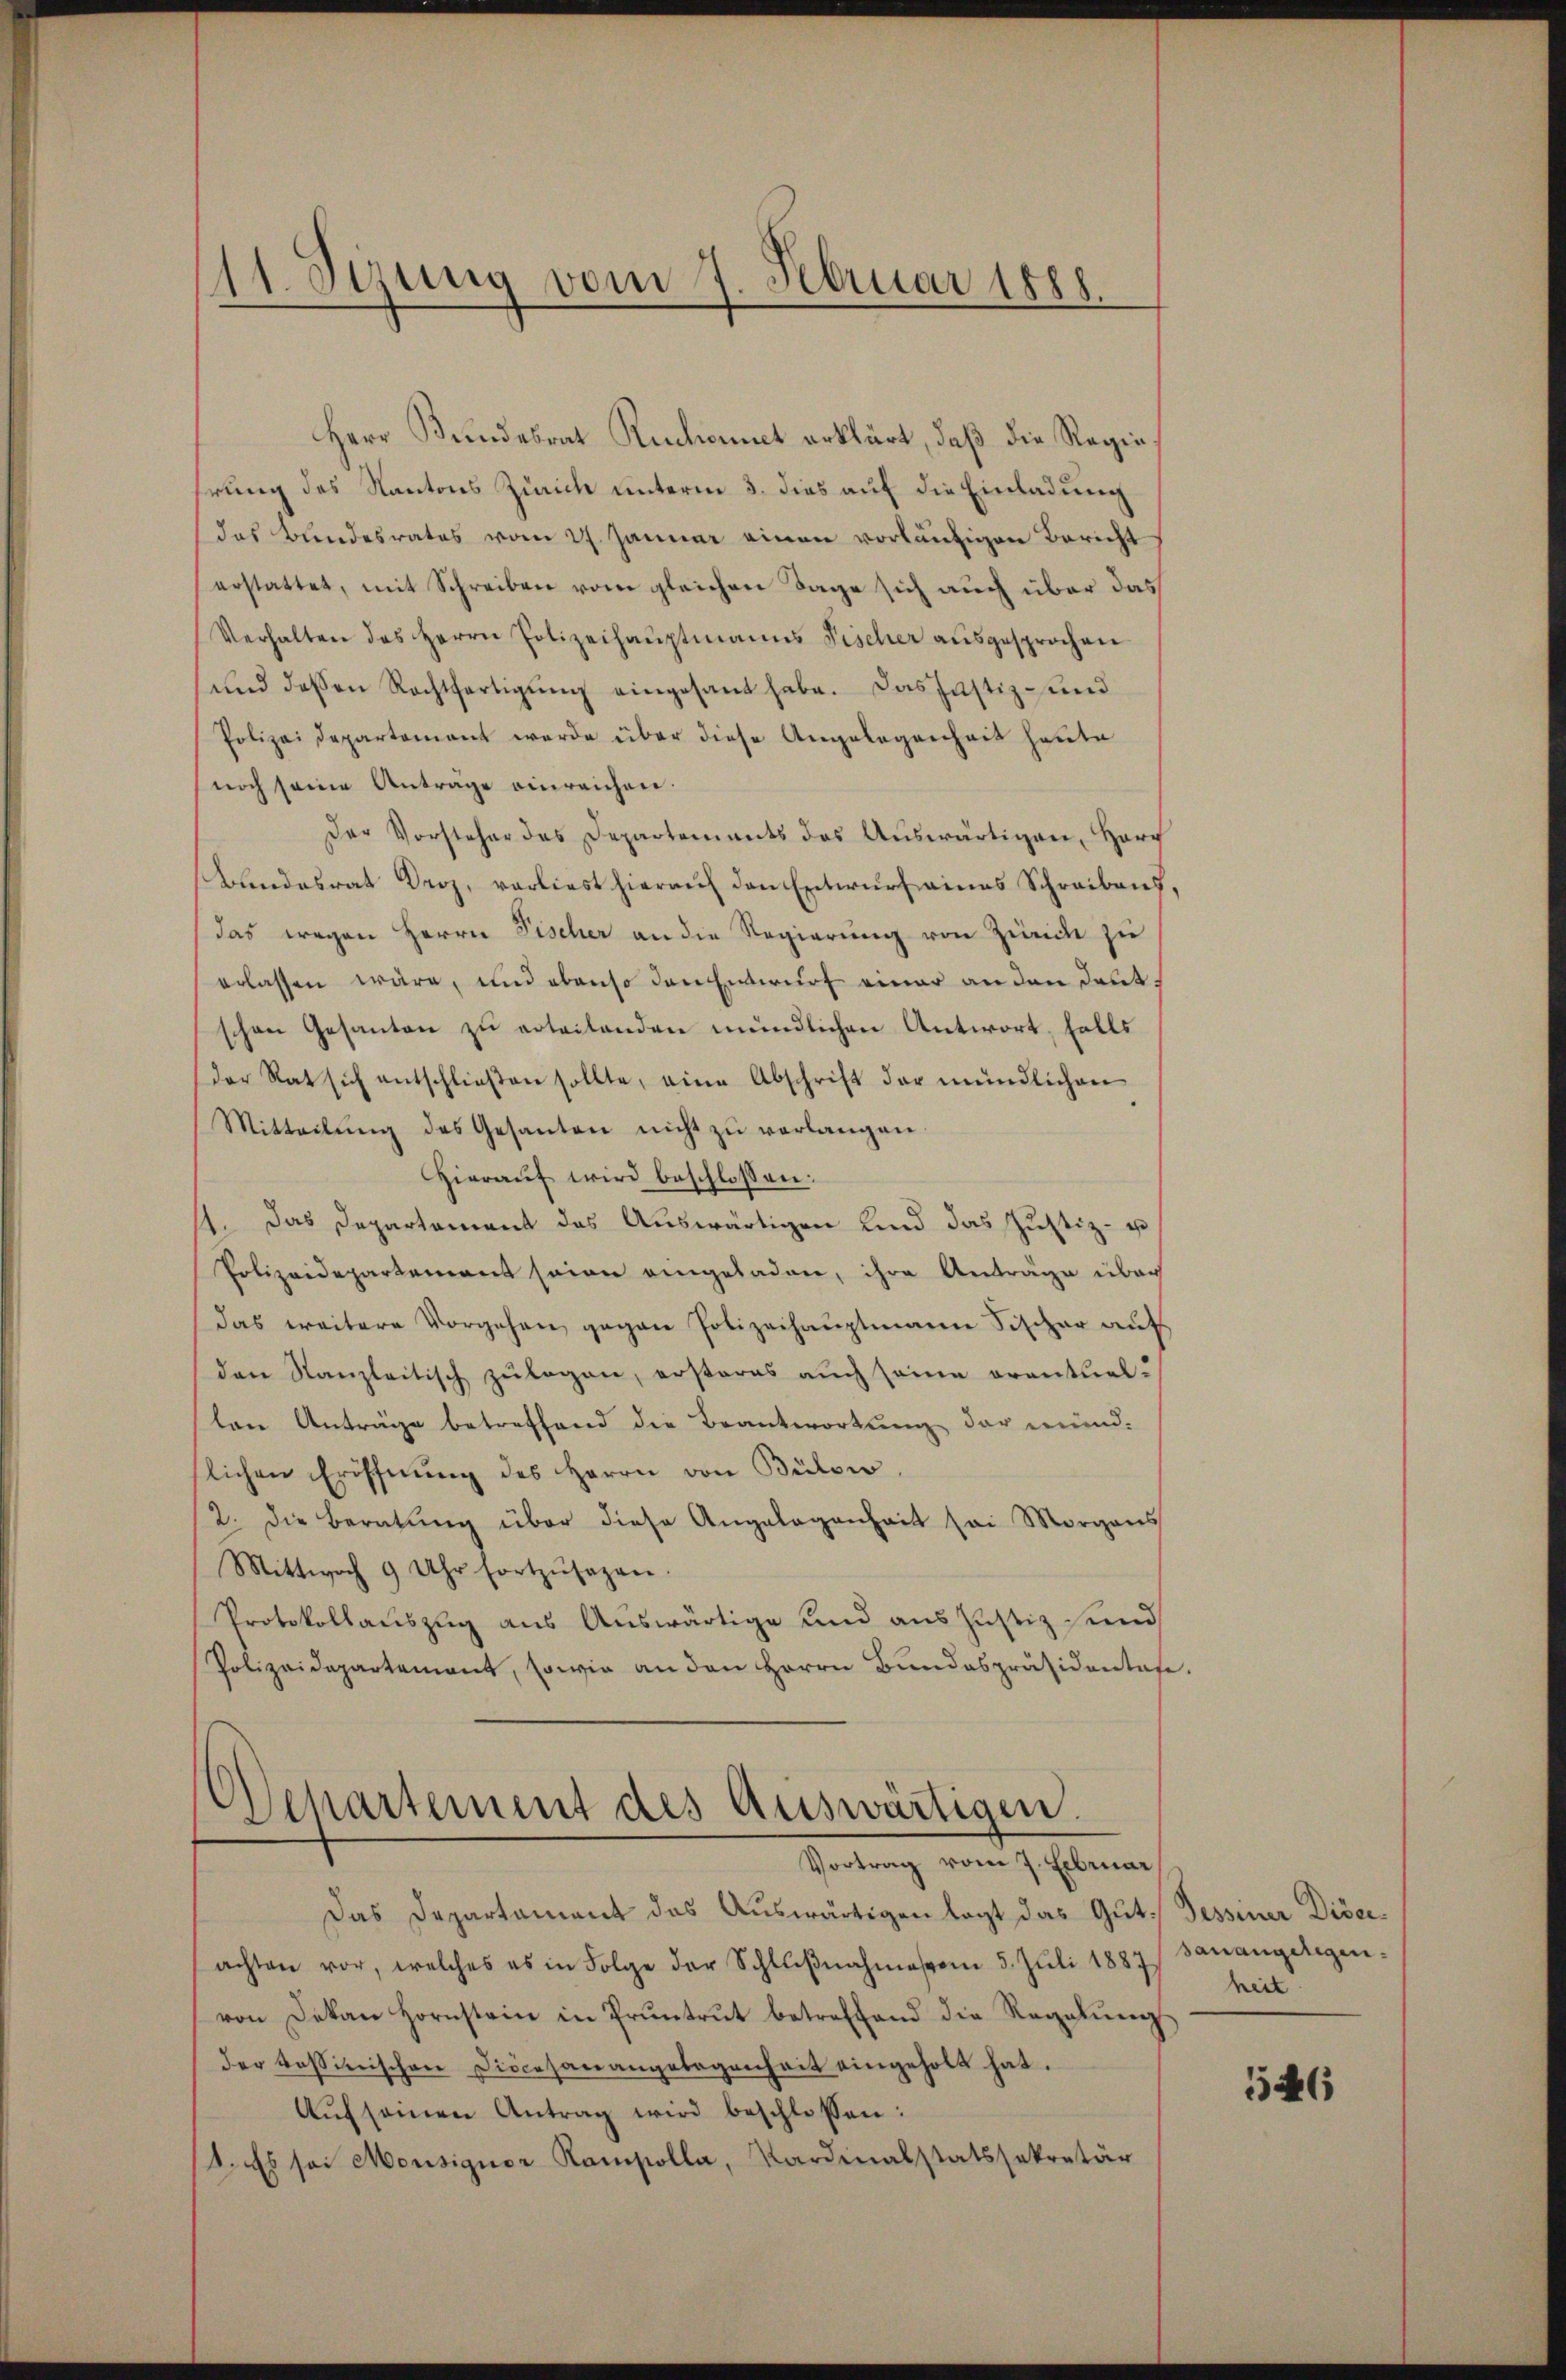
111. Sizung vom 7. Februar 1888.

Herr Bundesrat Ruchonnet erklärt, daß die Regie
hrung des Kantons Zürich unterm 3. dies auf die Einladung
das Bundesrates vom 27. Jänner einen vorläufigen Bericht
erstattet, mit Schreiben vom gleichen Tage sich auch über das
Verhalten des Herrn Polizeihauptmanns Fischer ausgesprochen
und dessen Rechtfertigung eingesant habe. Das Justiz- und
Polizeidepartement werde über diese Angelegenheit heute
noch seine Anträge einreichen.
Der Vorsteher das Departements des Aŭswärtigen, Harz
Blindesrat Droz, vorliest hierauf den Entwurf eines Schreibens,
das wegen Herrn Fischer an die Regierung von Zürich zu
erlassen wäre, und ebenso den Entwurf einer an den deut,
schen Gesanten zu erteilenden mündlichen Antwort, falls
der Rat sich entschlieβen sollte, eine Abschrift der mündlichen
Mitteilŭng des Gesanten nicht zŭ verlangen.
Hieraŭf wird beschlossen:
11. Das Departament des Auswärtigen Kind das Justiz- u
Polizeidepartement seien eingeladen, ihre Anträge über
das weitere Vorgehen gegen Polizeihauptmann Fischer auf
den Kanzleitisch zulagen, ersteres auch seine orantuallen Anträge betreffend die Beantwortung der münd-
slichen Eröffnŭng des Herrn von Bülow,
2. die Beratŭng über diese Angelegenheit sei Morgens
Mittwoch 9 Uhr fortzŭsagen.
Protokollauszug aus Auswärtige und aus Justiz sind
Polizeidepartement, sowie an den Herrn Bŭndespräsidentafe.

Departement des Auswärtigen.
Vortrag vom 7. Februar

Das Departament das Auswärtigen legt das Gut. Tessiner Disciachten vor, welches es in Folge der Schlŭβnahmessen 5. Juli 1887, sanangelegen-
von Dekan Hornstein in Pruntrut betreffend die Regelŭng
der Kassinischen Diocesanangebogenheit eingeholt hat.
Aŭf seinen Antrag wird beschloßen:
1. Es sei Monsignor Kompolla, Kardinalstatssekretär

heit

146